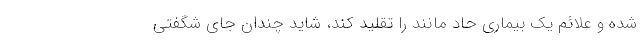
شده و علائم یک بیماری حاد مانند را تقلید کند، شاید چندان جای شگفتی